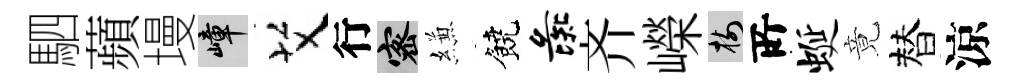
駟蘋墁嶂艾行密縑饒彘齐嶸樹𠩄蜒竟替涼